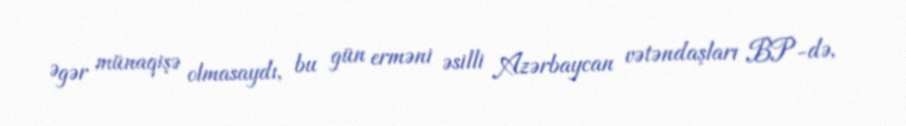
Əgər münaqişə olmasaydı, bu gün erməni əsilli Azərbaycan vətəndaşları BP-də,